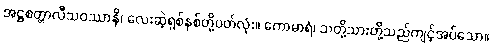
အဋ္ဌစတ္တာလီသဝဿာနိ၊ လေးဆဲ့ရှစ်နှစ်တို့ပတ်လုံး။ ကောမာရံ၊ သတို့သားတို့သည်ကျင့်အပ်သော။